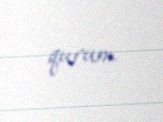
qurum.